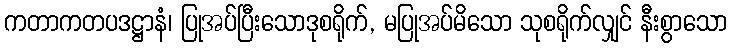
ကတာကတပဒဋ္ဌာနံ၊ ပြုအပ်ပြီးသောဒုစရိုက်, မပြုအပ်မိသော သုစရိုက်လျှင် နီးစွာသော